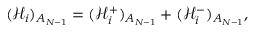
( \mathcal { H } _ { i } ) _ { A _ { N - 1 } } = ( \mathcal { H } _ { i } ^ { + } ) _ { A _ { N - 1 } } + ( \mathcal { H } _ { i } ^ { - } ) _ { A _ { N - 1 } } ,